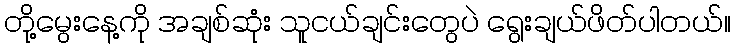
တို့မွေးနေ့ကို အချစ်ဆုံး သူငယ်ချင်းတွေပဲ ရွေးချယ်ဖိတ်ပါတယ်။